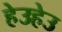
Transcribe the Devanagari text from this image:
हेउहेउ